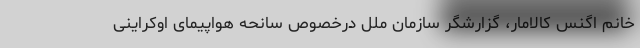
خانم اگنس کالامار، گزارشگر سازمان ملل درخصوص سانحه هواپیمای اوکراینی